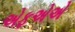
એફએએ